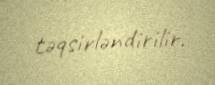
təqsirləndirilir.